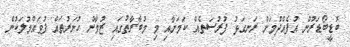
ބޮޑީބޯޑަރުން އުފެއްދުމަށް ރަނގަޅު ފުރުސަތެއް ކަމަށާއި މި މުބާރާތުގައި ޒުވާން ހުނަރުތައް ފުވައްމުލަކުން